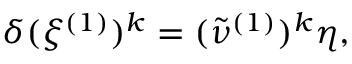
\delta ( \xi ^ { ( 1 ) } ) ^ { k } = ( \tilde { \nu } ^ { ( 1 ) } ) ^ { k } \eta ,